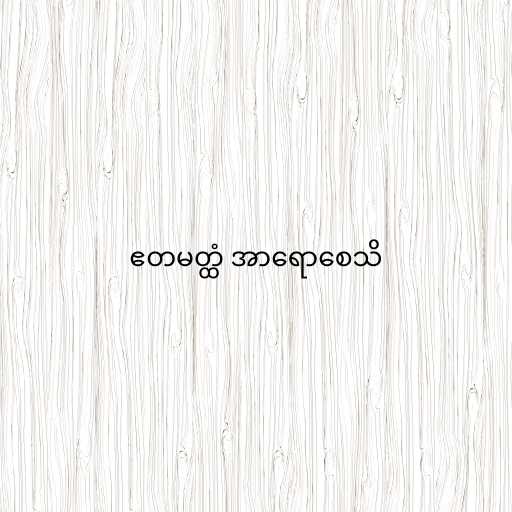
ဧတမတ္ထံ အာရောစေသိ